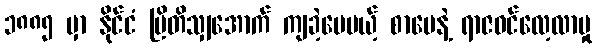
၁၈၈၅ မှာ နိုင်ငံ ဗြိတိသျှအောက် ကျခဲ့ပေမယ့် စာပေနဲ့ ရာဇဝင်လေ့လာမှု